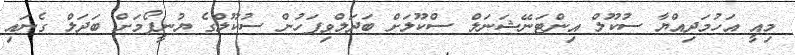
މިއީ އަހުމަދިއްޔާ ސުކޫލް އިންޓަނޭޝަނަލް ސްކޫލަށް ބަދަލްވިފަހުން ސުކޫލްގެ ޔުނީފޯމަށް ބަދަލް ގެނައި